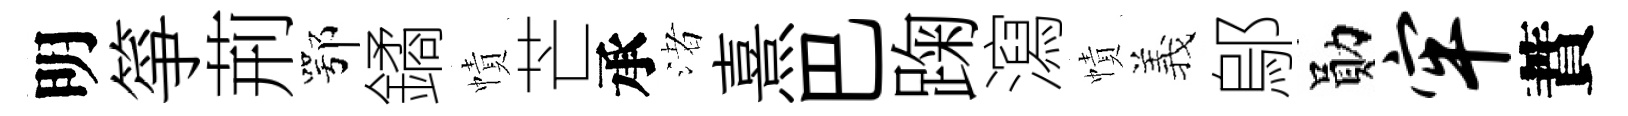
明箏荊鄂鐍幘芒承渚熹巴踘瀉幘義鄔勛牢蕡